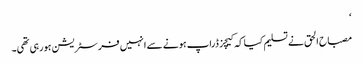
‘
مصباح الحق نے تسلیم کیا کہ کیچز ڈراپ ہونے سے انہیں فرسٹریشن ہورہی تھی۔